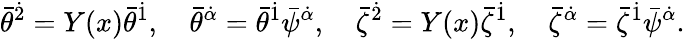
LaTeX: {\bar{\theta}}^{\dot{2}}=Y(x){\bar{\theta}}^{\dot{1}},\quad{\bar{\theta}}^{\dot{\alpha}}={\bar{\theta}}^{\dot{1}}{\bar{\psi}}^{\dot{\alpha}},\quad{\bar{\zeta}}^{\dot{2}}=Y(x){\bar{\zeta}}^{\dot{1}},\quad{\bar{\zeta}}^{\dot{\alpha}}={\bar{\zeta}}^{\dot{1}}{\bar{\psi}}^{\dot{\alpha}}.